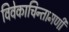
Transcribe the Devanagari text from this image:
विवेकाचिन्तामणी